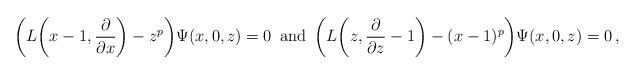
LaTeX: \begin{align*}\biggl(L\biggl(x-1,{\partial\over\partial x}\biggr)-z^p\biggr)\Psi(x,0,z)=0\,\ \hbox{and}\ \,\biggl(L\biggl(z,{\partial\over\partial z}-1\biggr)-(x-1)^p\biggr)\Psi(x,0,z)=0\,,\end{align*}